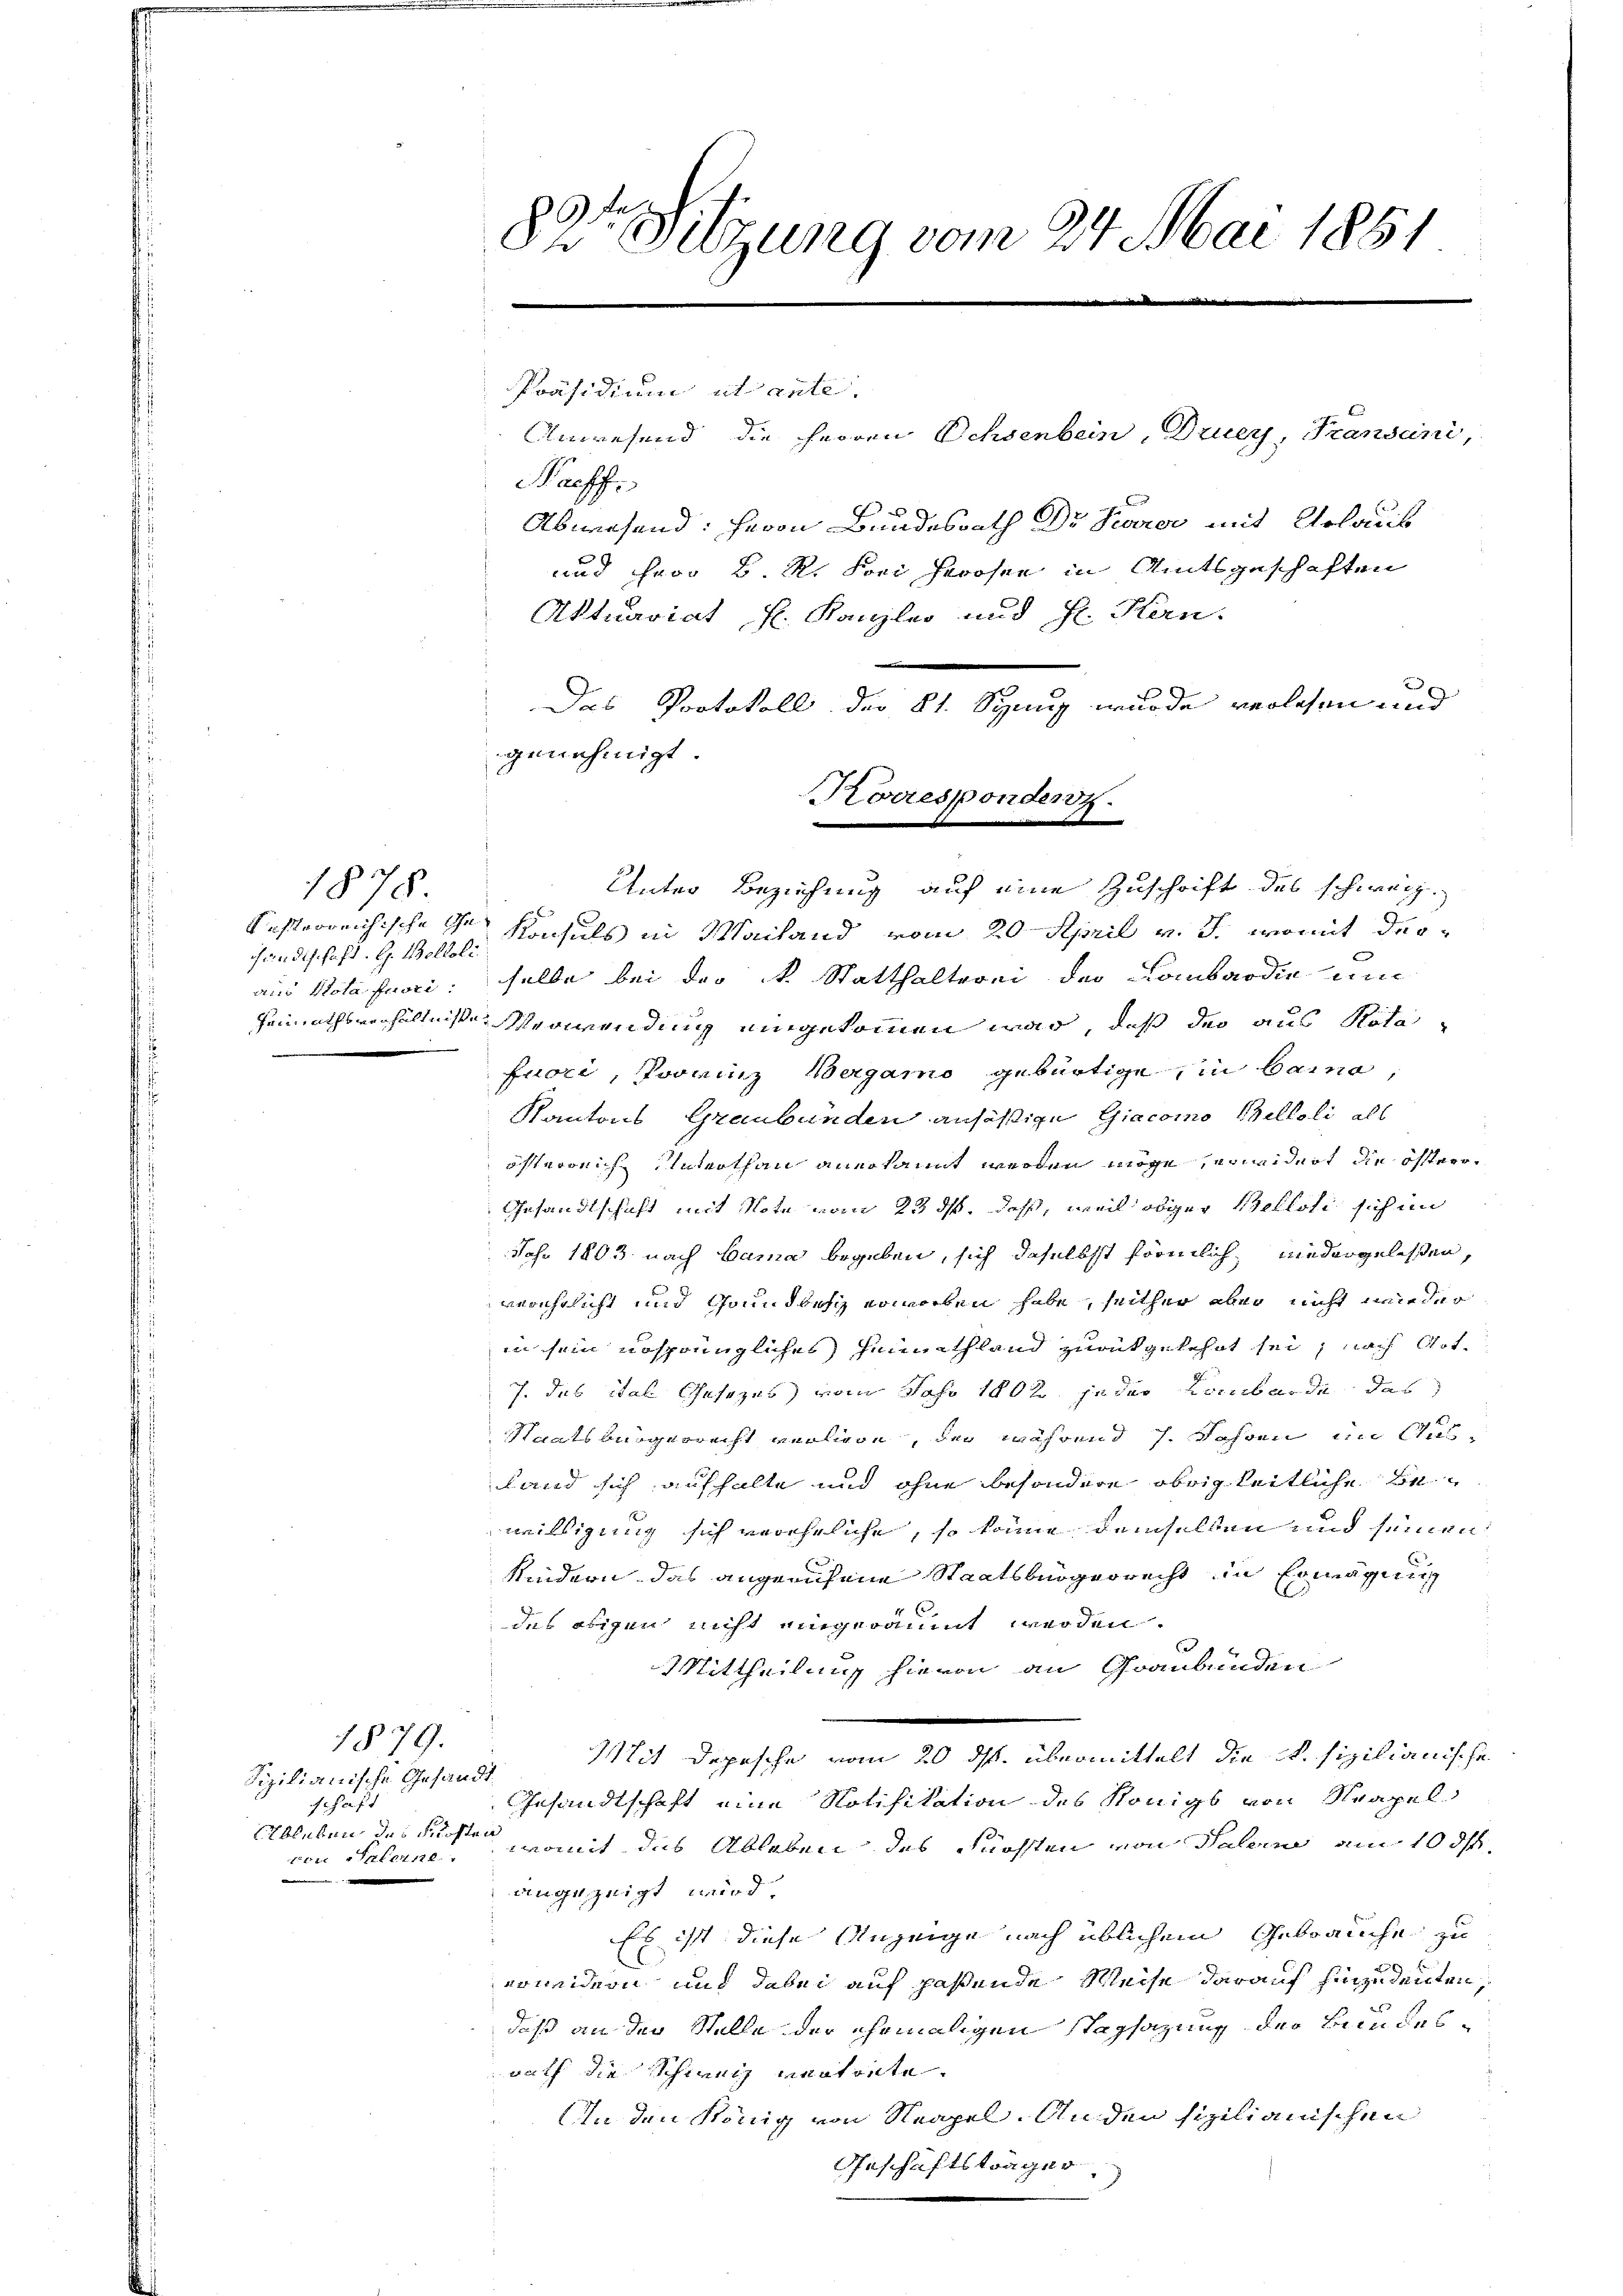
1878
Kusterreichische Ihn
händischaft. G. Boltoli
aus Vota fuori.

Sizilianische Gesandt
schaft
Ebleben das Kosten
von Salerne

1879.

82te Sitzung vom 24. Mai 1851

Präsidium ut ante.
Anwesend die Herren Ochsenbein, Drucy, Transcini,
Preff
und Herr B R. Frei Herosen in Amtsgeschaften
Aktuariat fl. Kanzlei und H. Hen-
.
Das Protokoll der 21. Synug wurde verlesen und
genehmigt.
Konsuls in Mailand vom 20. April v. J. womit derselbe bei der R. Statthalterei der Lombardin un
Pennathsverhältnissen Verwendung eingekommen war, daß der aus Rotafuori, Provinz Vergamo gebürtige in Baino
Kantons Graubünden ansäßige Giacomo Beltoli all
öfterreiche Unterthan anerkannt werden möge, erwidert die öfter¬
Gesandtschaft mit Note vom 23. ds, daß, weil obiger Belloti sich in
Jahr 1803. nach Banna begeben, sich daselbst förmlich niedergelassen,
verehrlicht und Grundbesch erworben habe, seither aber nicht wieder
in sein ursprüngliches Heimathland zurückgelehnt sei, nach Got¬
J. das ital Gesezes vom Jahr 1802. jeder Lombarde das
Staatsbürgerrecht verliebe, der während 1. Jahren im Ausfand sich aufhalte und ohne besondere obrigkeitliche Bewilligung sich vereheliche, so könne demselben und seinen
Kindern, das angerufene Staatsbürgerrecht in Erwägung
des obigen nicht eingeräumt werden.
Mittheilung hievon an Graubünden
Mit Depesche vom 20. ds. übermittelt die K. sizilianische
Gesandtschaft eine Notifikation des Königs von Neapel
womit des Ableben des Fürsten von Salerne am 10. ds.
angezeigt wird,
Es ist diese Anzeige nach üblichem Gebräuche zu
voneidern und dabei auf passende Weise darauf hinzudeuten,
daß an der Stelle der ehemaligen Tagsazung der Bundesnach die Schweiz vertorte.
In den König von Neapel. Anden sizilianischen
Geschäftsträger

Abwesend: Herrn Bundesrath Dr Socier mit Urlaub

Korrespondenz.
Unter Beziehung auf eine Zuschrift des schweiz.